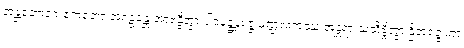
အန္တဘောဂေ ဧကတော အဂဠန္တေ အာဗန္ဓိတွာ ပါဒပုဉ္ဆနရဇ္ဇုမဏ္ဍလကဿ အန္တရာ သံသိဗ္ဗိတွာ ဌိတရဇ္ဇုကာ